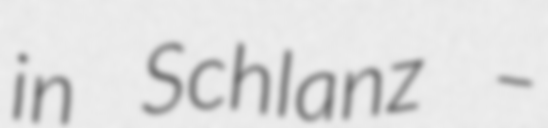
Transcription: in Schlanz –